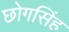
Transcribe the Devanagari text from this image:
छोगसिंह